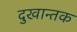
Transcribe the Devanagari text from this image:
दुखान्तक